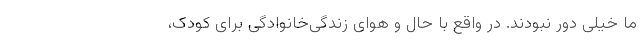
ما خیلی دور نبودند. در واقع با حال و هوای زندگی‌خانوادگی برای کودک،